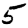
Digit: 5